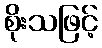
စိုးသဖြင့်